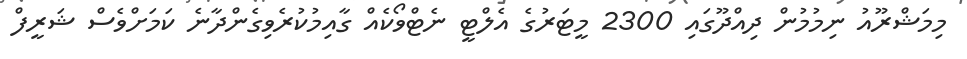
މިމަޝްރޫއު ނިމުމުން ދިއްދޫގައި 2300 މީޓަރުގެ އެލްޓީ ނެޓްވޯކެއް ގާއިމުކުރެވިގެންދާނެ ކަމަށްވެސް ޝަރީފް